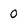
Character: 0